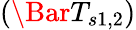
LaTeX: \left(\Bar{T}_{s{1,2}}\right)